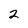
Character: 2